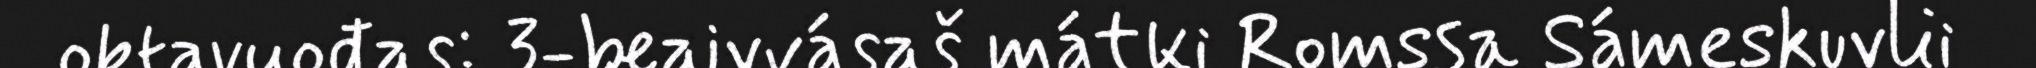
oktavuođas: 3-beaivvásaš mátki Romssa Sámeskuvlii